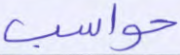
حواسب